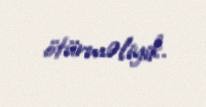
ötürməliyik.